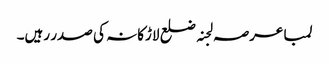
لمبا عرصہ لجنہ ضلع لاڑکانہ کی صدر رہیں۔